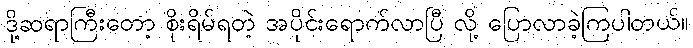
ဒို့ဆရာကြီးတော့ စိုးရိမ်ရတဲ့ အပိုင်းရောက်လာပြီ လို့ ပြောလာခဲ့ကြပါတယ်။